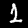
Digit: 1